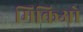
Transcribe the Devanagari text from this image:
मिकिओ